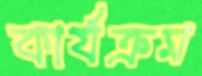
কার্যক্রম